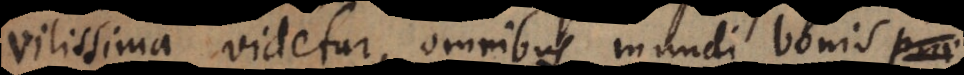
vilissima videtur, omnibus mundi bonis